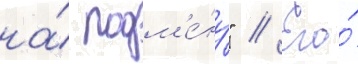
на́ подм'е́ну" // Его́